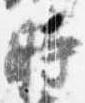
時